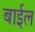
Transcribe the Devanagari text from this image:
बाईल